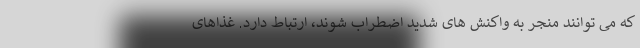
که می توانند منجر به واکنش های شدید اضطراب شوند، ارتباط دارد. غذاهای